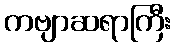
ကဗျာဆရာကြီး